Medical and sanitary report of the native army of Bengal for the year
Year: 1874
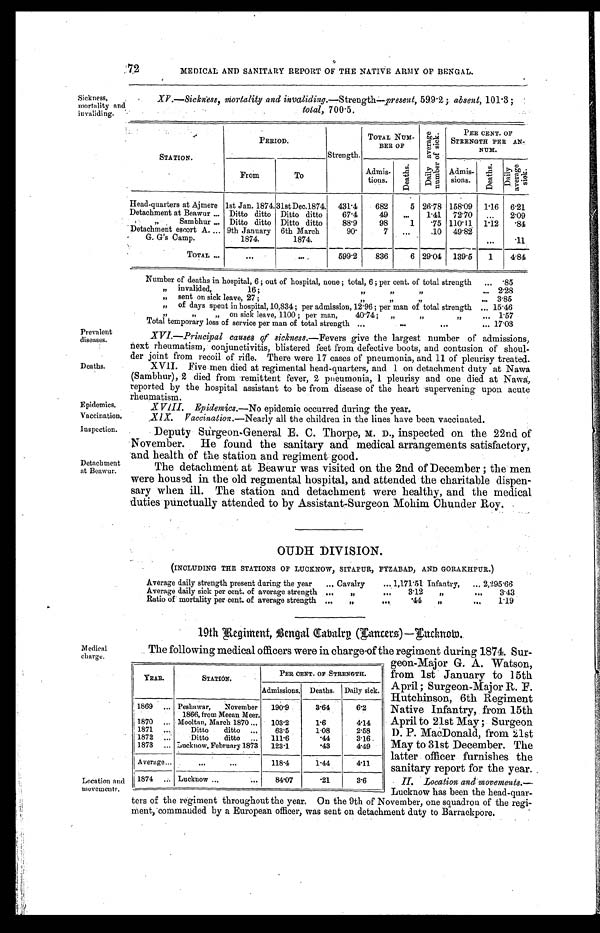
Prevalent
diseases.
Deaths.
Epidemics.
Vaccination.
Inspection.
72
MEDICAL AND SANITARY REPORT OF THE NATIVE ARMY OF BENGAL.
Sickness,
mortality and
invaliding.
XV.—Sickness, mortality and invaliding.— Strength —present, 599.2; absent, 101.3;
total, 700.5.
STATION.
PERIOD.
Strength.
TOTAL NUM-
BER OF
D a i l y a v e r a g e n u m b e r o f s i c k .
PER CENT. OF
STRENGTH PER AN-
NUM.
From
To
Admis-
tions.
D e a t h s .
Admis-
sions.
D e a t h s .
D a i l y a v e r a g e s i c k .
Head-quarters at Ajmere 1st Jan. 1874. 31st Dec.1874.
431.4
682
5 26.78 158.09
1.16
6.21
Detachment at Beawur . . .
Ditto ditto
Ditto ditto
67.4
49
. . .
1.41
72.70
. . .
2.09
" Sambhur . . . Ditto ditto
Ditto ditto
88.9
98
1
.75 110.11
1.12
.84
Detachment escort A . . . 9th January
6th March
90.
7
. . .
.10
49.82
G. G's Camp.
1874.
1874.
. . .
.11
TOTAL . . . . . .
. . .
599.2
836
6 29.04
139.5
1
4.84
Number of deaths in hospital, 6 ; out of hospital, none ; total, 6 ; per cent. of total strength . . .
.85
" invalided, 16; " " " . . .
2.28
" sent on sick leave, 27 ; " " " . . .
3.85
" of days spent in hospital, 10,834 ; per admission, 12.96; per man of total strength . . . 15.46
" " "on sick leave, 1100 ; per man,40.74; " " " . . . 1.57
Total temporary loss of service per man of total strength . . . 17.03
Detachment
at Beawur.
Medical
charge.
Location and
movements.
XVI.—Principal causes of sickness.— Fevers give the largest number of admissions,
next rheumatism, conjunctivitis, blistered feet from defective boots, and contusion of shoul
-
der joint from recoil of rifle. There were 17 cases of pneumonia, and 11 of Pleurisy treated.
XVII. Five men died at regimental head-quarters, and 1 on detachment duty at Nawa
(Sambhur), 2 died from remittent fever, 2 pneumonia, 1 pleurisy and one died at Nawa,
reported by the hospital assistant to be from disease of the heart supervening upon acute
rhenmatism.
XVIII. Epidemics.— No epidemic occurred during the year.
XIX. Vaccination.— Nearly all the children in the lines have been vaccinated.
Deputy Surgeon-General E. C. Thorpe, M. D., inspected on the 22nd of
November. He found the sanitary and medical arrangements satisfactory,
and health of the station and regiment good.
The detachment at Beawur was visited on the 2nd of December; the men
were housed in the old regmental hospital, and attended the charitable dispen
-
sary when ill. The station and detachment were healthy, and the medical
duties punctually attended to by Assistant-Surgeon Mohim Chunder Roy.
OUDH DIVISION.
(INCLUDING THE STATIONS OF LUCKNOW, SITAPUR, FYZABAD, AND GORAKHPUR.)
Average daily strength present during the year . . . Cavalry . . .1,171.51 Infantry, . . . 2,295.66
Average daily sick per cent. of average strength . . .
" . . .
3.12
" . . .
3.43
Ratio of mortality per cent. of average strength . . .
" . . .
.44
" . . .
1.19
19th Regiment , Bengal Cabalry (Lancers)—Lucknow.
YEAR.
STATION.
PER CENT. OF STRENGTH.
Admissions.
Deaths.
Daily sick.
1869 . . .
Peshawar, November
1866, from Meean Meer.
190.9
3.64
6.2
1870 . . .
Mooltan, March 1870 . . .
103.2
1.6
4.14
1871 . . .
Ditto ditto . . .
63.5
1.08
2.58
1872 . . .
Ditto ditto . . .
111.6
.44
3.16
1873 . . .
Lucknow, February 1873
123.1
.43
4.49
Average . . .
. . .
118.4
1.44
4.11
1874 . . .
L u c k n o w . . .
84.07
.21
3.6
The following medical officers were in charge of the regiment during 1874. Sur
-
geon-Major
G.
A.
Watson,
from 1st January to 15th
April; Surgeon-Major R. F.
Hutchinson, 6th Regiment
Native Infantry, from 15th
April to 21st May; Surgeon
D. P. MacDonald, from 21st
May to 31st December. The
latter officer furnishes the
sanitary report for the year.
II. Location and movements.—
Lcknow has been the head-quar
-
ters of the regiment throughout the year. On the 9th of November, one squadron of the regi
-
ment, commanded by a European officer, was sent on detachment duty to Barrackpore.